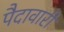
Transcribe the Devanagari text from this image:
पैदावारी